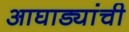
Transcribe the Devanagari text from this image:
आघाड्यांची